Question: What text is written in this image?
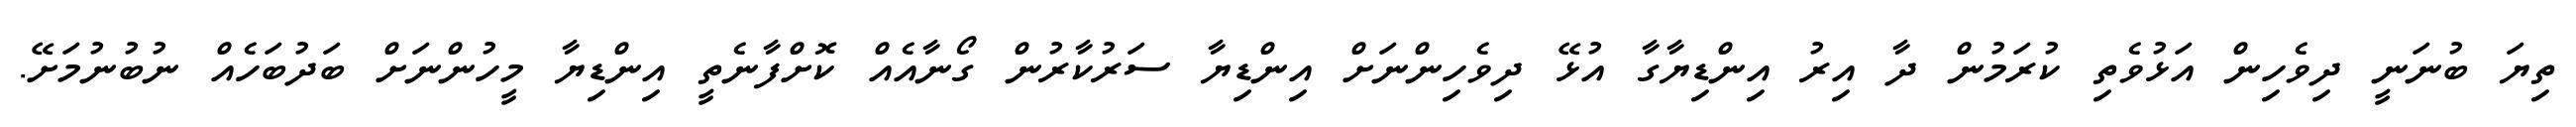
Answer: ތިޔަ ބުނަނީ ދިވެހިން އަޅުވެތި ކުރަމުން ދާ އިރު އިންޑިޔާގާ އުޅޭ ދިވެހިންނަށް އިންޑިޔާ ސަރުކާރުން ގޯނާއެއް ކޮށްފާނެތީ އިންޑިޔާ މީހުންނަށް ބަދުބަހެއް ނުބުނުމަށޭ.